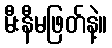
မီးနီမဖြတ်နဲ့။